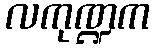
လကုဏ္ဍက